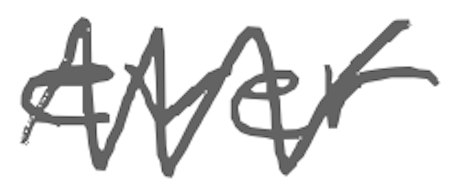
Text: ever
Cross-out: zig-zag
Writing tool: digital_gray